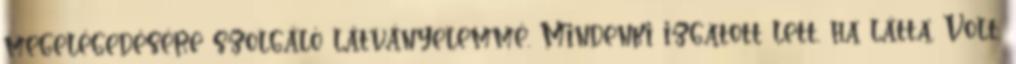
megelégedésére szolgáló látványelemmé. Mindenki izgatott lett, ha látta. Volt,